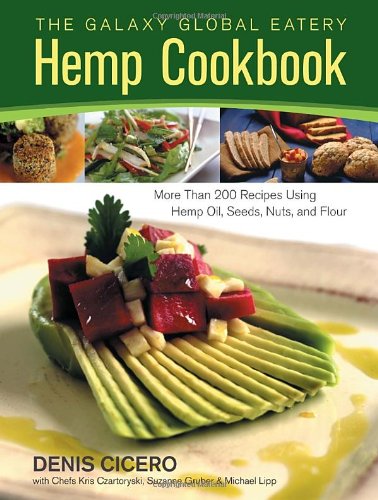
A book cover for The Galaxy Global Eatery Hemp Cookbook: More Than 200 Recipes Using Hemp Oil, Seeds, Nuts, and Flour; Denis Cicero; Cookbooks, Food & Wine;